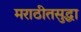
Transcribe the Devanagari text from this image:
मराठीतसुद्धा